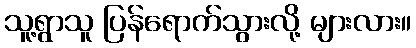
သူ့ရွာသူ ပြန်ရောက်သွားလို့ များလား။